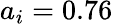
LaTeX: a_{i}=0.76